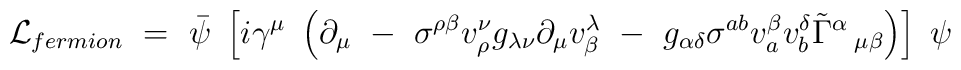
{\cal L}_{fermion} ~=~ \bar{\psi}~\left[i\gamma^{\mu}~\left(\partial_{\mu} ~-~ \sigma^{\rho \beta} v^{\nu}_{\rho} g_{\lambda\nu} \partial_{\mu} v^{\lambda}_{\beta} ~-~ g_{\alpha \delta}\sigma^{a b} v^{\beta}_a v^{\delta}_b \tilde{\Gamma}^{\alpha}\,_{\mu \beta} \right) \right]~\psi